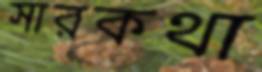
সারকথা